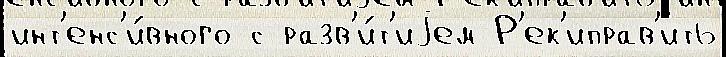
инт'енс'и́вного с разв'и́т'иjем Р'ек'иправ'ить